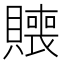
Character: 𰷑